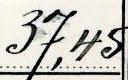
37,45